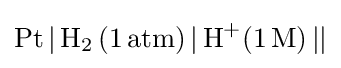
{\ce {Pt | H_2 (1 atm) | H^+(1M) ||}}